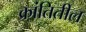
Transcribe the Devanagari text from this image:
क्रांतितील